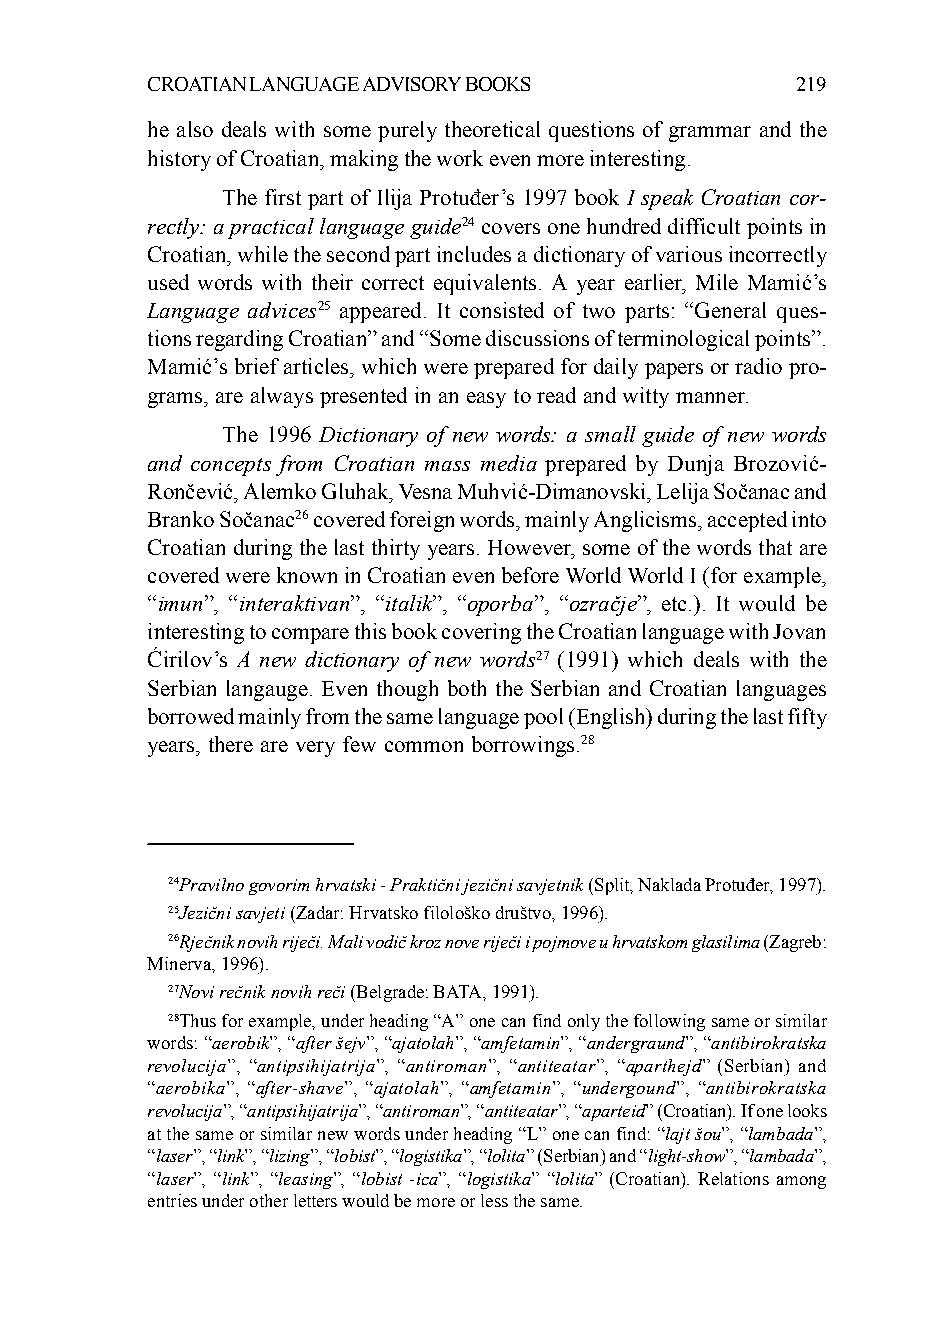
CROATIAN LANGUAGE ADVISORY BOOKS           219
 he also deals with some purely theoretical questions of grammar and the
 history of Croatian, making the work even more interesting.
 The first part of Ilija Protuđer’s 1997 book I speak Croatian cor-
 rectly: a practical language guide24 covers one hundred difficult points in
 Croatian, while the second part includes a dictionary of various incorrectly
 used words with their correct equivalents. A year earlier, Mile Mamić’s
 Language advices25 appeared. It consisted of two parts: “General ques-
 tions regarding Croatian” and “Some discussions of terminological points”.
 Mamić’s brief articles, which were prepared for daily papers or radio pro-
 grams, are always presented in an easy to read and witty manner.
 The 1996 Dictionary of new words: a small guide of new words
 and concepts from Croatian mass media prepared by Dunja Brozović-
 Rončević, Alemko Gluhak, Vesna Muhvić-Dimanovski, Lelija Sočanac and
 Branko Sočanac26 covered foreign words, mainly Anglicisms, accepted into
 Croatian during the last thirty years. However, some of the words that are
 covered were known in Croatian even before World World I (for example,
 “imun”, “interaktivan”, “italik”, “oporba”, “ozračje”, etc.). It would be
 interesting to compare this book covering the Croatian language with Jovan
 Ćirilov’s A new dictionary of new words27 (1991) which deals with the
 Serbian langauge. Even though both the Serbian and Croatian languages
 borrowed mainly from the same language pool (English) during the last fifty
 years, there are very few common borrowings.28
 24Pravilno govorim hrvatski - Praktični jezični savjetnik (Split, Naklada Protuđer, 1997).
 25Jezični savjeti (Zadar: Hrvatsko filološko društvo, 1996).
 26Rječnik novih riječi. Mali vodič kroz nove riječi i pojmove u hrvatskom glasilima (Zagreb:
 Minerva, 1996).
 27Novi rečnik novih reči (Belgrade: BATA, 1991).
 28Thus for example, under heading “A” one can find only the following same or similar
 words: “aerobik”, “after šejv”, “ajatolah”, “amfetamin”, “andergraund”, “antibirokratska
 revolucija”, “antipsihijatrija”, “antiroman”, “antiteatar”, “aparthejd” (Serbian) and
 “aerobika”, “after-shave”, “ajatolah”, “amfetamin”, “undergound”, “antibirokratska
 revolucija”, “antipsihijatrija”, “antiroman”, “antiteatar”, “aparteid” (Croatian). If one looks
 at the same or similar new words under heading “L” one can find: “lajt šou”, “lambada”,
 “laser”, “link”, “lizing”, “lobist”, “logistika”, “lolita” (Serbian) and “light-show”, “lambada”,
 “laser”, “link”, “leasing”, “lobist -ica”, “logistika” “lolita” (Croatian). Relations among
 entries under other letters would be more or less the same.